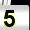
Digit: 5